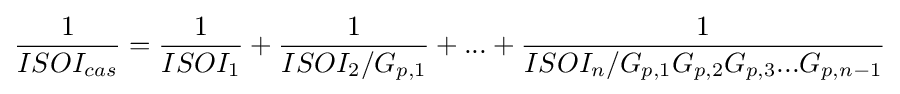
{\frac {1}{ISOI_{cas}}}={\frac {1}{ISOI_{1}}}+{\frac {1}{ISOI_{2}/G_{p,1}}}+...+{\frac {1}{ISOI_{n}/G_{p,1}G_{p,2}G_{p,3}...G_{p,n-1}}}